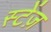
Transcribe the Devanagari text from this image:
स्टेंज़